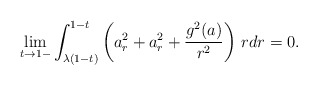
\begin{align*}\lim_{t\to 1-}\int_{\lambda (1-t)}^{1-t}\left(a_r^2+a_r^2+\frac{g^2(a)}{r^2}\right)\,rdr=0.\end{align*}